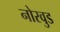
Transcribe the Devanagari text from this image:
नोरवुड